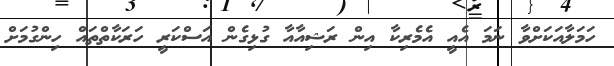
ހަމަލާއަކަށްވާ ނަމަ އެއީ އެމެރިކާ އިން ރަޝިއާއާ ގުޅިގެން އަސްކަރީ ހަރަކާތްތައް ހިންގުމަށް